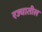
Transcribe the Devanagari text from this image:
रज्यातील